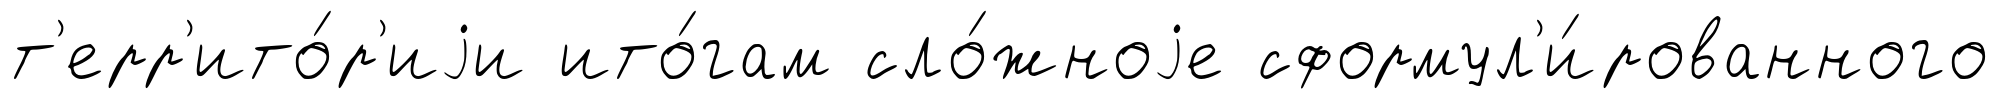
т'ерр'ито́р'иjи ито́гам сло́жноjе сформул'и́рованного